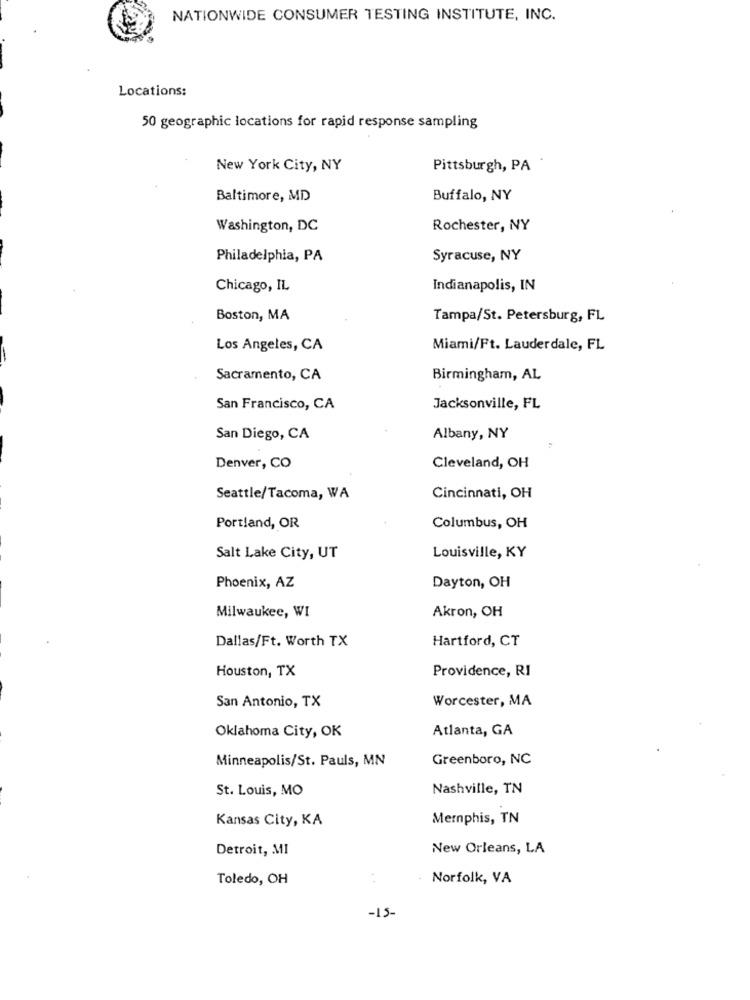
NATIONWIDE CONSUMER TESTING INSTITUTE, INC.
Locations:
50 geographic locations for rapid response sampling
New York City, NY
Pittsburgh, PA
Baltimore, MD
Buffalo, NY
Washington, DC
Rochester, NY
Philadelphia, PA
Syracuse, NY
Chicago, IL
Indianapolis, IN
Boston, MA
Tampa/St. Petersburg, FL
Los Angeles, CA
Miami/Ft. Lauderdale, FL
Sacramento, CA
Birmingham, AL
San Francisco, CA
Jacksonville, FL
San Diego, CA
Albany, NY
Denver, CO
Cleveland, OH
Seattle/Tacoma, WA
Cincinnati, OH
Portland, OR
Columbus, OH
Salt Lake City, UT
Louisville, KY
Phoenix, AZ
Dayton, OH
Milwaukee, WI
Akron, OH
Dallas/Ft. Worth TX
Hartford, CT
Houston, TX
Providence, RI
San Antonio, TX
Worcester, MA
Oklahoma City, OK
Atlanta, GA
Minneapolis/St. Pauls, MN
Greenboro, NC
St. Louis, MO
Nashville, TN
Kansas City, KA
Memphis, TN
Detroit, MI
New Orleans, LA
Toledo, OH
Norfolk, VA
-15-